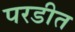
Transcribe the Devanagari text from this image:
परडीत